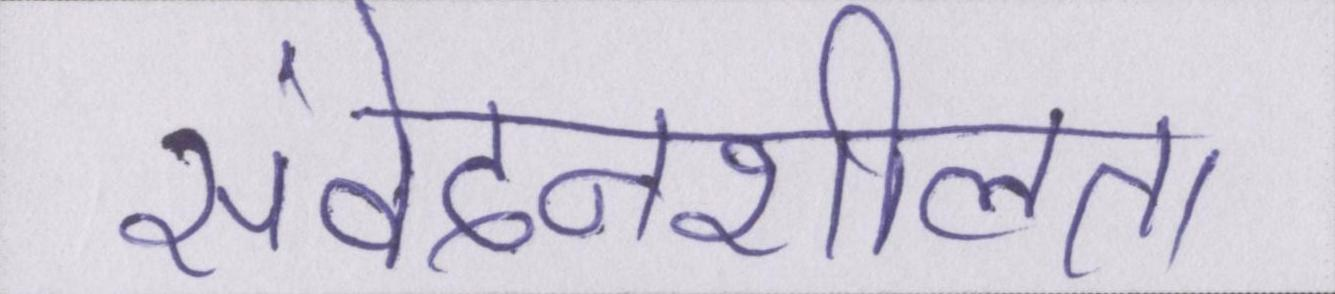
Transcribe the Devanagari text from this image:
संवेदनशीलता